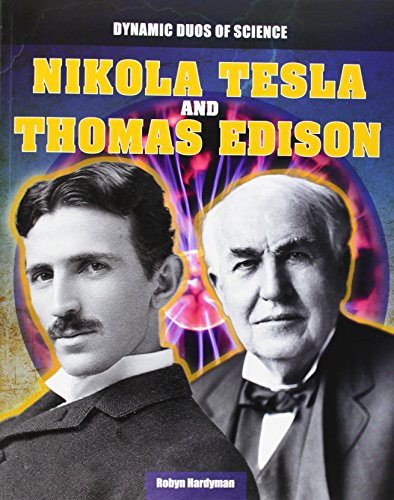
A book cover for Nikola Tesla and Thomas Edison (Dynamic Duos of Science); Robyn Hardyman; Teen & Young Adult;